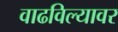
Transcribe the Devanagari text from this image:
वाढविल्यावर